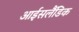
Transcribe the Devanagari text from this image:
आईसलैंडिक